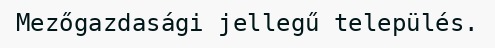
Mezőgazdasági jellegű település.